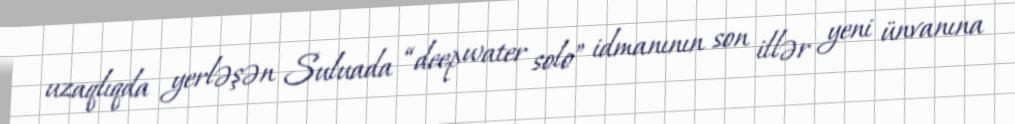
uzaqlıqda yerləşən Suluada “deep water solo” idmanının son illər yeni ünvanına